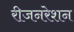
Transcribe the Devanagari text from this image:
रीजनरेशन